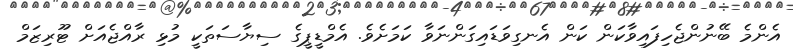
އެންމެ ބޭނުންޖެހިފައިވާކަން ކަން އެނގިވަޑައިގަންނަވާ ކަމަށެވެ. އެމްޑީޕީގެ ސިޔާސަތަކީ މުޅި ރާއްޖެއަށް ޓޫރިޒަމް